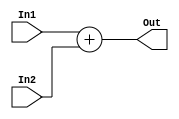
`timescale 1ns / 1ps

`define WL_Add (WL1 > WL2) ? (WL1 + 1) : (WL2 + 1)

module Adder #(parameter WL1 = 4, WL2 = 4)
              (input signed [WL1-1:0] In1, 
               input signed [WL2-1:0] In2,   
               output reg signed [`WL_Add-1:0] Out);
               
    always @ (*) begin
        Out = In1 + In2;
    end               
               
endmodule